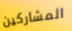
المشاركين